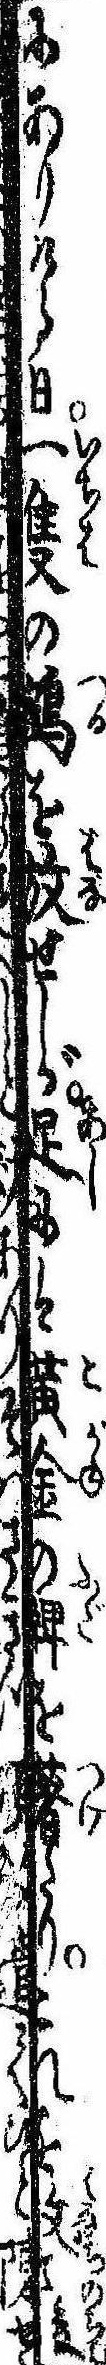
にありける日一隻の鶴を放せしが足には黄金の牌を著たりこれを放て後